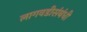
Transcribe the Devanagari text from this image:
लागवडीसंबंधी